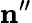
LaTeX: \mathbf{n}^{\prime\prime}